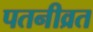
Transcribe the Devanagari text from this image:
पतनीव्रत